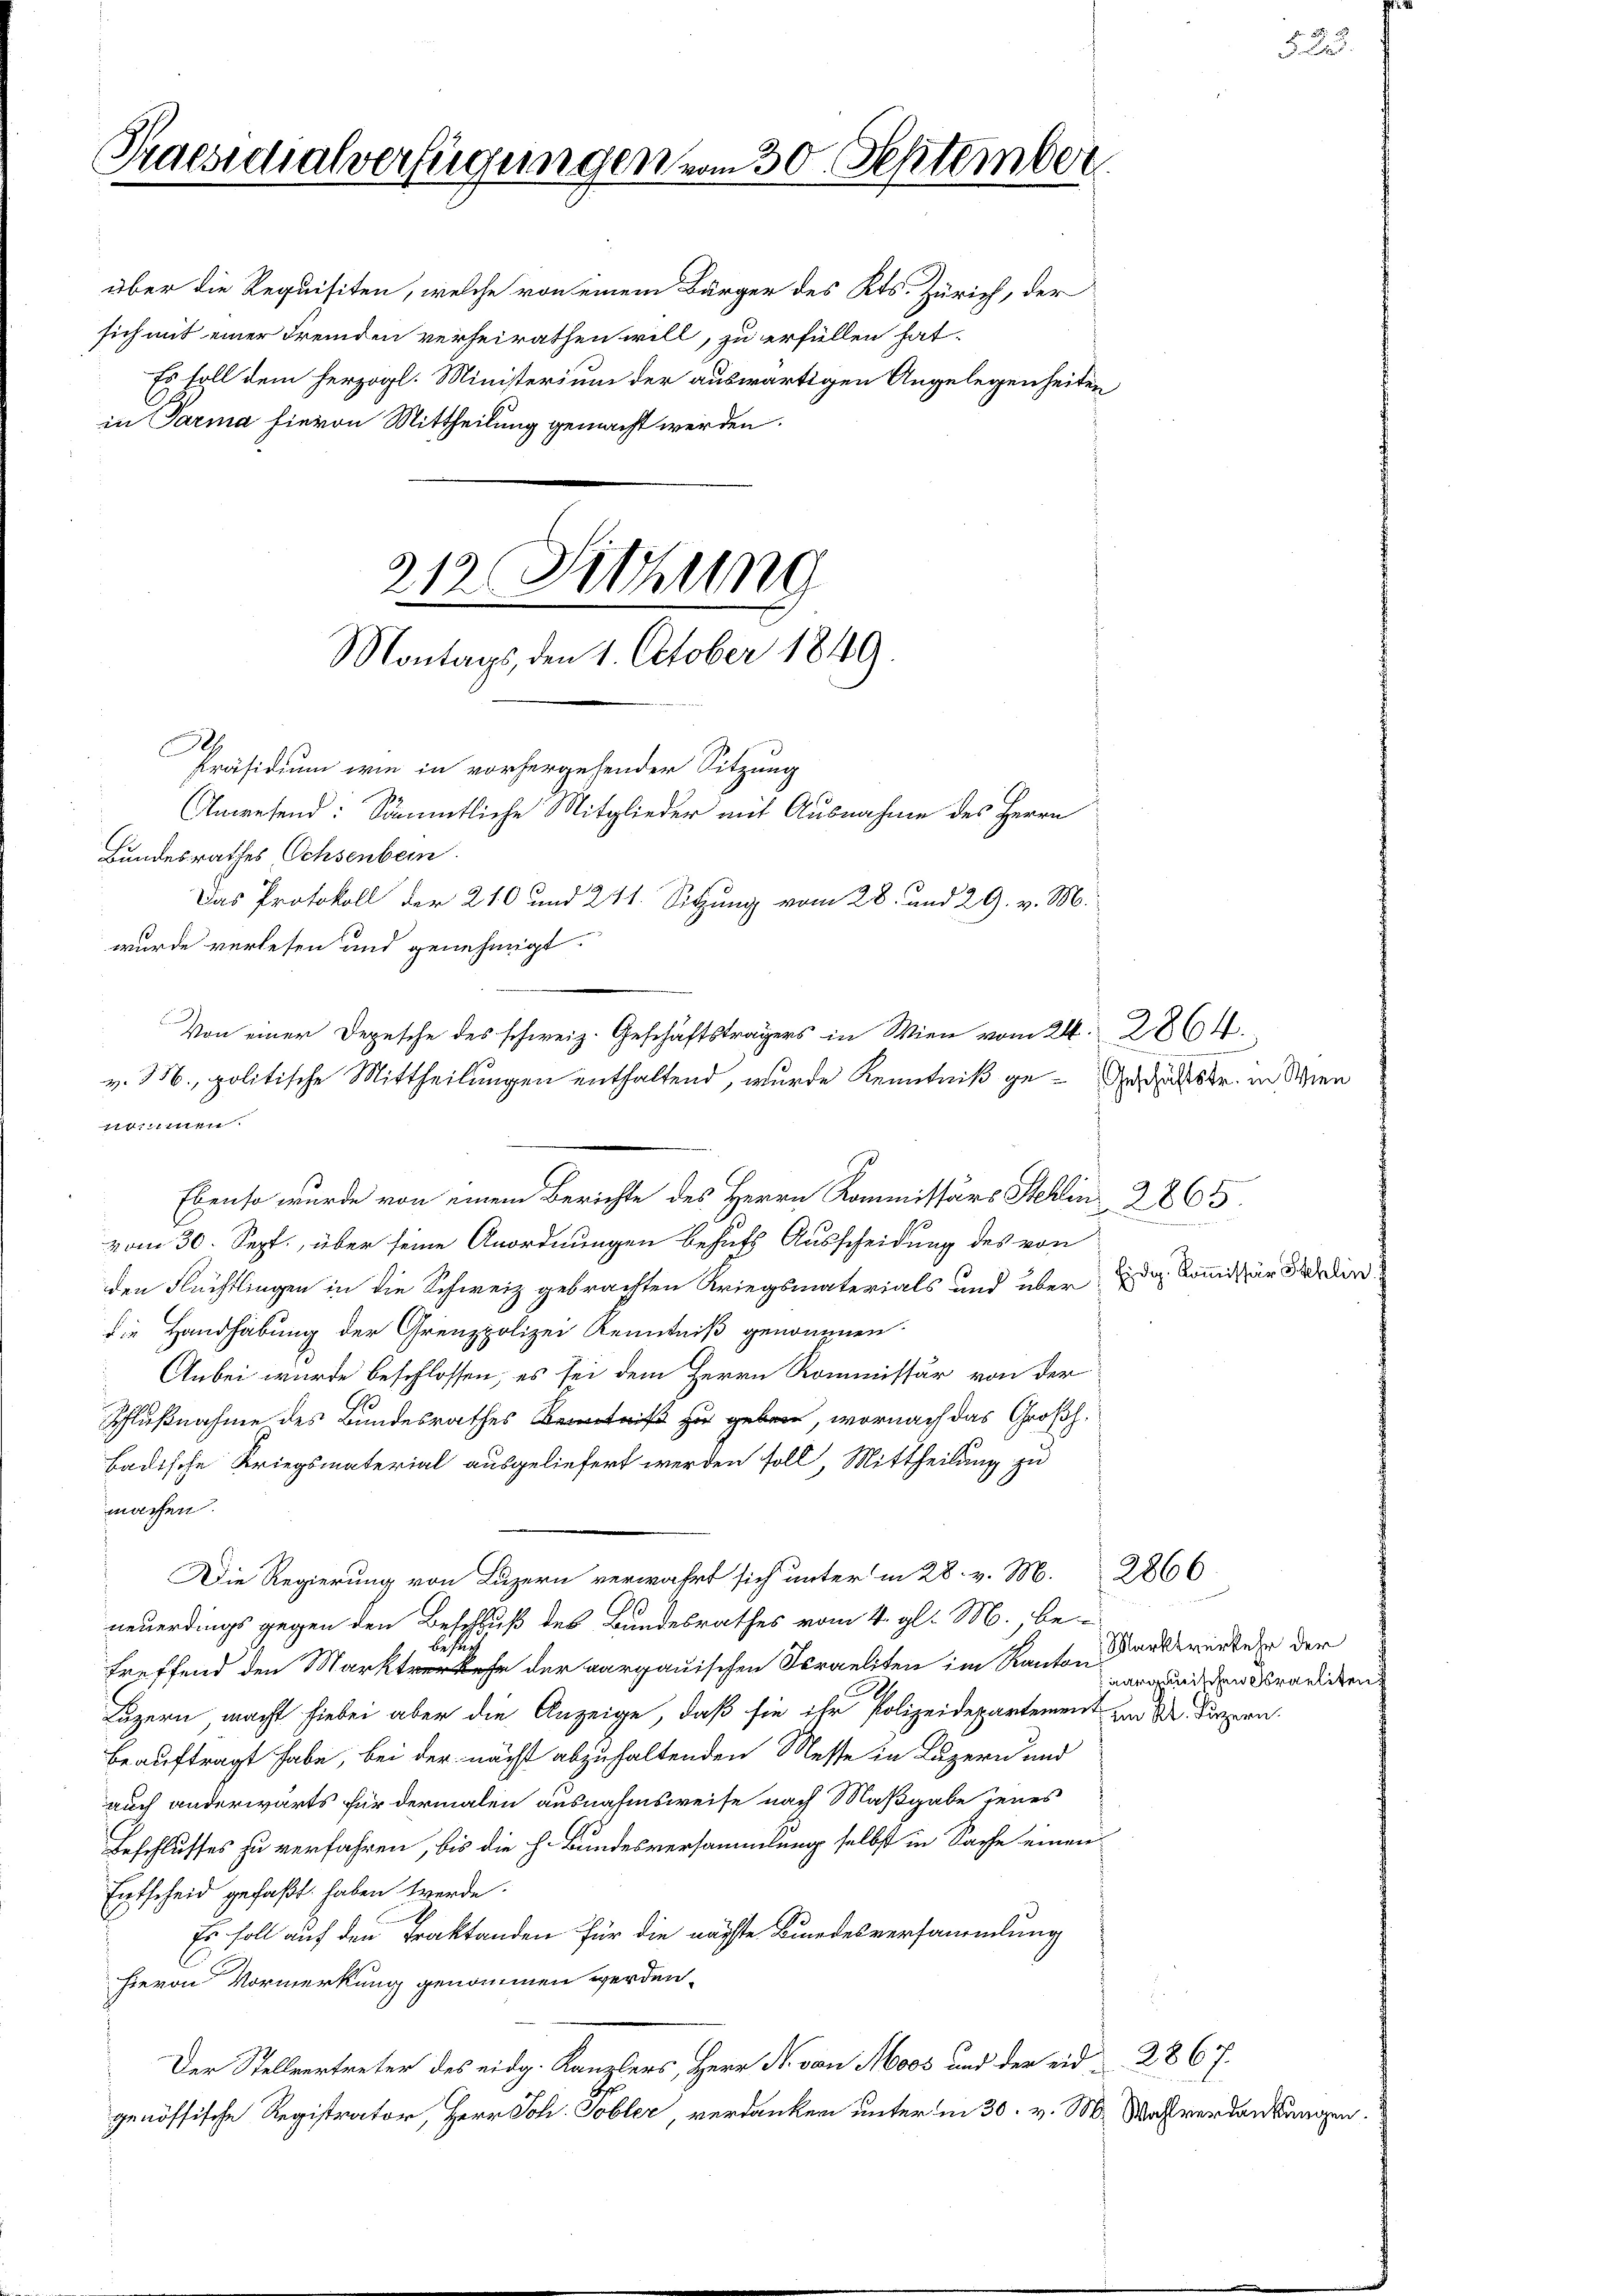
Praesidialverfügungen vom 30. September

über die Requisiten, welche von einem Bürger des Kts. Zürich, der
sich mit einer Fremden verheirathen will, zu erfüllen hat.
Es soll dem herzogl. Ministerium der auswärtigen Angelegenheiten
in Parma hievon Mittheilung gemacht werden.

213. Sitzung
Montags, den 1. October 1849.

Präsidium wie in vorhergehender Sitzung
Anwesend: Sämmtliche Mitglieder mit Ausnahme des Herrn
Das Protokoll der 210 und 241. Sitzung vom 28. und 29. v. M.
Von einer Depesche des schweiz. Geschäftsträgers in Wien vom 24. 286.
v. M., politische Mittheilungen enthaltend, wurde Kenntniß ge¬   in Wien

Ebenso wurde von einem Berichte des Herrn Kommissärs Stehlin 2865.

A
Bundesrathes Ochsenbein.
wurde verlesen und genehmigt.
iitten.
vom 30. Sept., über seine Anordnungen behufs Ausscheidung des von
den Flüchtlingen in die Schweiz gebrachten Kriegsmaterials und über das Kommissär dir
die Handhabung der Grenzpolizei Kenntniß genommen.
Anbei wurde beschlossen, es sei dem Herrn Kommissär von der
Schlußnahme des Bundesrathes Kenntniß zu geben, wornach das Großh.
badische Kriegsmaterial ausgeliefert werden soll, Mittheilung zu
machen.
Die Regierung von Luzern verwahrt sich unter in 28. v. M. 2866
neuerdings gegen den Beschluß des Bundesrathes vom 4. gl. M., be-
s
treffend den Mart der aargauischen Israeliten im Kanton Bandererkehr der
Luzern, macht hiebei aber die Anzeige, daß sie ihr Polizeidepartement zu Dr. Luzern
beauftragt habe, bei der nächst abzuhaltenden Messe in Luzern und
auch anderwärts für dermalen ausnahmsweise nach Maßgabe jenes
Beschlusses zu verfahren, bis die h. Bundesversammlung selbst in Sache einen
Entscheid gefaßt haben werde.
Es soll auf den Traktanden für die nächste Bundesversammlung
hievon Vormerkung genommen werden.
Der Stellvertreter des eidg. Kanzlers, Herr Dr. von Moos und der eid. 2867.
genössische Registrator, Herr Joh. Tobler, verdanken unter in 30. v. M. Was verdankungen

2

52

aargauischen Straeliten